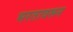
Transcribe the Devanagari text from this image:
भरतावरून